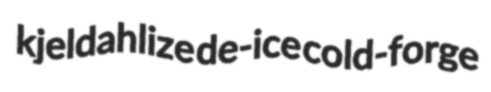
kjeldahlize de-ice cold-forge